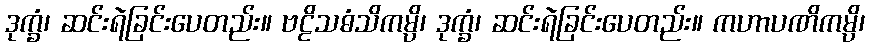
ဒုက္ခံ၊ ဆင်းရဲခြင်းပေတည်း။ ဗဠိသဓံသိကမ္ပိ၊ ဒုက္ခံ၊ ဆင်းရဲခြင်းပေတည်း။ ကဟာပဏိကမ္ပိ၊